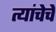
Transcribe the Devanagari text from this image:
त्यांचेचे